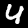
Digit: 4